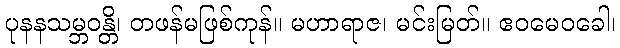
ပုနနသမ္ဘဝန္တိ၊ တဖန်မဖြစ်ကုန်။ မဟာရာဇ၊ မင်းမြတ်။ ဧဝမေဝခေါ၊